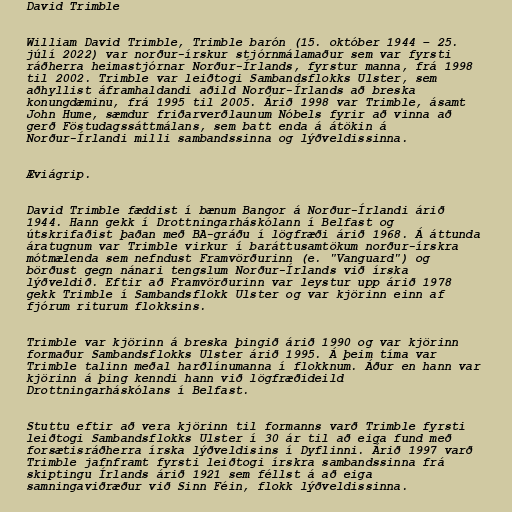
David Trimble

William David Trimble, Trimble barón (15. október 1944 – 25.
júlí 2022) var norður-írskur stjórnmálamaður sem var fyrsti
ráðherra heimastjórnar Norður-Írlands, fyrstur manna, frá 1998
til 2002. Trimble var leiðtogi Sambandsflokks Ulster, sem
aðhyllist áframhaldandi aðild Norður-Írlands að breska
konungdæminu, frá 1995 til 2005. Árið 1998 var Trimble, ásamt
John Hume, sæmdur friðarverðlaunum Nóbels fyrir að vinna að
gerð Föstudagssáttmálans, sem batt enda á átökin á
Norður-Írlandi milli sambandssinna og lýðveldissinna.

Æviágrip.

David Trimble fæddist í bænum Bangor á Norður-Írlandi árið
1944. Hann gekk í Drottningarháskólann í Belfast og
útskrifaðist þaðan með BA-gráðu í lögfræði árið 1968. Á áttunda
áratugnum var Trimble virkur í baráttusamtökum norður-írskra
mótmælenda sem nefndust Framvörðurinn (e. "Vanguard") og
börðust gegn nánari tengslum Norður-Írlands við írska
lýðveldið. Eftir að Framvörðurinn var leystur upp árið 1978
gekk Trimble í Sambandsflokk Ulster og var kjörinn einn af
fjórum riturum flokksins.

Trimble var kjörinn á breska þingið árið 1990 og var kjörinn
formaður Sambandsflokks Ulster árið 1995. Á þeim tíma var
Trimble talinn meðal harðlínumanna í flokknum. Áður en hann var
kjörinn á þing kenndi hann við lögfræðideild
Drottningarháskólans í Belfast.

Stuttu eftir að vera kjörinn til formanns varð Trimble fyrsti
leiðtogi Sambandsflokks Ulster í 30 ár til að eiga fund með
forsætisráðherra írska lýðveldisins í Dyflinni. Árið 1997 varð
Trimble jafnframt fyrsti leiðtogi írskra sambandssinna frá
skiptingu Írlands árið 1921 sem féllst á að eiga
samningaviðræður við Sinn Féin, flokk lýðveldissinna.